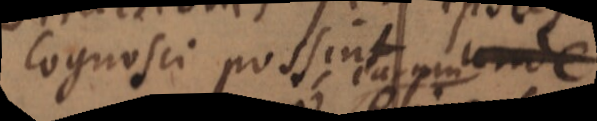
cognosci possint earum unde